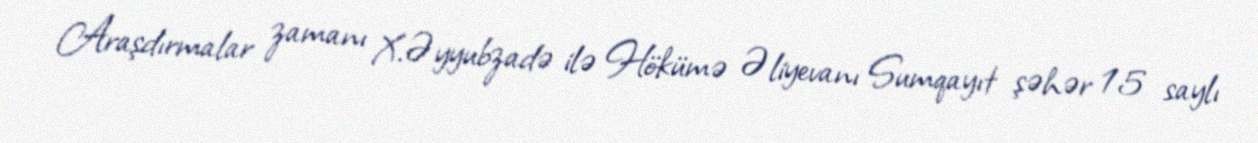
Araşdırmalar zamanı X.Əyyubzadə ilə Hökümə Əliyevanı Sumqayıt şəhər 15 saylı